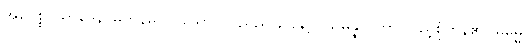
အဝေစ္စပ္ပသာဒေန၊ မတုန်မလှုပ်သော ကြည်ညိုခြင်းနှင့်။ သမန္နာဂတာ၊ ပြည့်စုံကုန်၏။ ဓမ္မေ၊